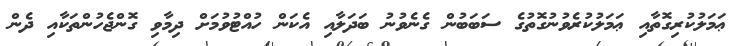
ޢަމަލުކުރިގޮތާއި ޢަމަލުކުރެވުނުގޮތުގެ ސަބަބުން ގެނެވުނު ބަދަލާއި އެކަން ހުއްޓުވުމަށް ދިމާވި ގޮންޖެހުންތަކާއި ދެން